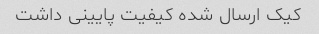
کیک ارسال شده کیفیت پایینی داشت